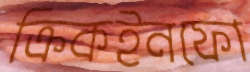
ক্রিকইনফো